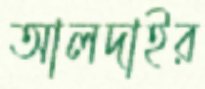
আলদাইর